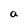
Character: a